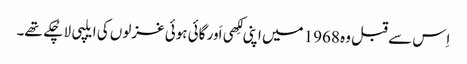
اِس سے قبل وہ 1968 میں اپنی لِکھی اَور گائی ہوئی غزلوں کی ایلپی لا چُکے تھے۔